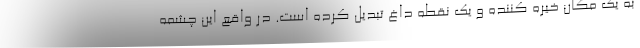
به یک مکان خیره کننده و یک نقطه داغ تبدیل کرده است. در واقع این چشمه